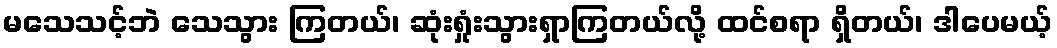
မသေသင့်ဘဲ သေသွား ကြတယ်၊ ဆုံးရှုံးသွားရှာကြတယ်လို့ ထင်စရာ ရှိတယ်၊ ဒါပေမယ့်